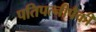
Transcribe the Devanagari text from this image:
पतिपत्‍नीपैकी